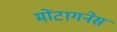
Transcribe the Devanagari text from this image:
मोंटागनेस